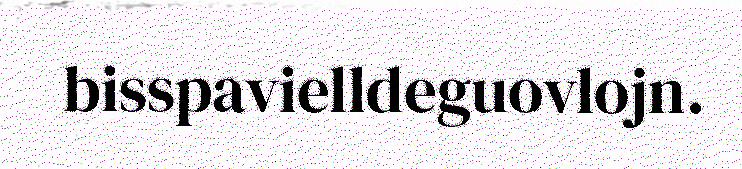
bisspavielldeguovlojn.